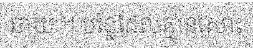
ឆាយ ។ បន្លែដែលគ្មានសោះ